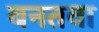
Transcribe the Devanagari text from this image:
बनतवा